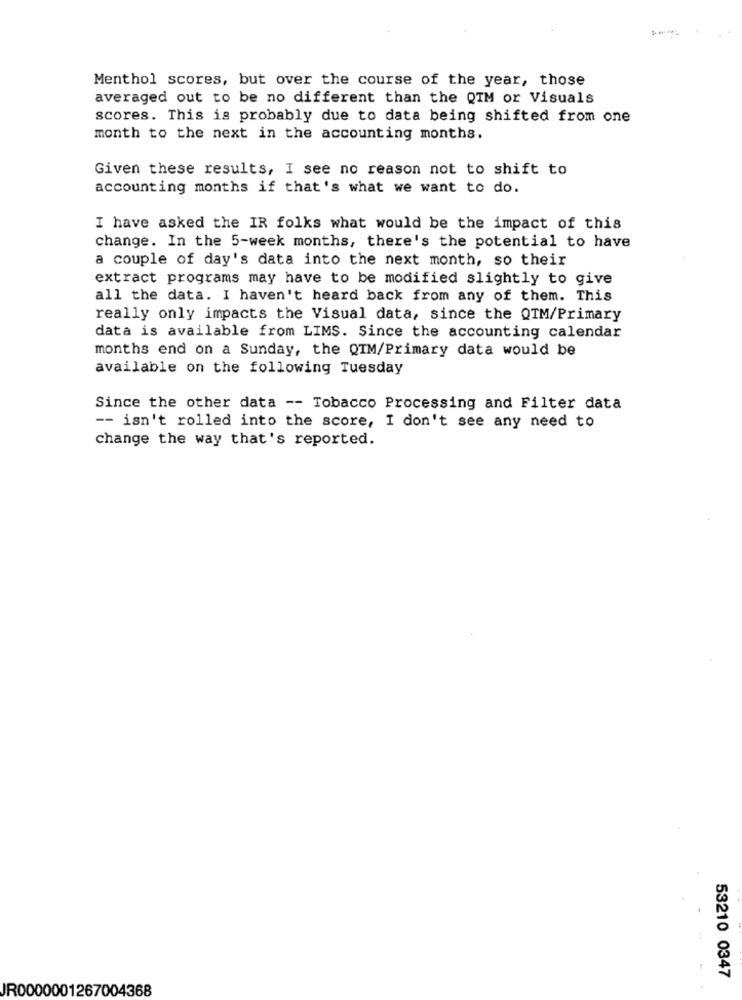
Menthol scores, but over the course of the year, those
averaged out to be no different than the QIM or Visuals
scores. This is probably due to data being shifted from one
month to the next in the accounting months.
Given these results, I see no reason not to shift to
accounting months if that's what we want to do.
I have asked the IR folks what would be the impact of this
change. In the 5-week months, there's the potential to have
a couple of day's data into the next month, so their
extract programs may have to be modified slightly to give
all the data. I haven't heard back from any of them. This
really only impacts the Visual data, since the QTM/Primary
data is available from LIMS. Since the accounting calendar
months end on a Sunday, the QTM/Primary data would be
available on the following Tuesday
Since the other data -- Tobacco Processing and Filter data
-- isn't rolled into the score, I don't see any need to
change the way that's reported.
53210 0347
JR0000001267004368